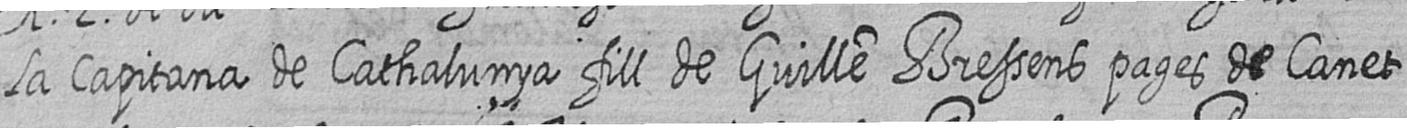
la Capitana de Cathalunya fill de Guille Bressens pages de Canet